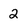
Character: 2